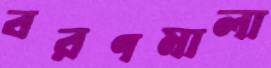
বরণমালা